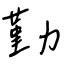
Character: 勤